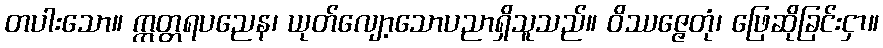
တပါးသော။ ဣတ္တရပညေန၊ ယုတ်လျော့သောပညာရှိသူသည်။ ဝိဿဇ္ဇေတုံ၊ ဖြေဆိုခြင်းငှာ။